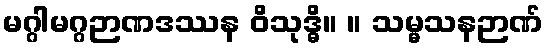
မဂ္ဂါမဂ္ဂဉာဏဒဿန ဝိသုဒ္ဓိ။ ။ သမ္မသနဉာဏ်